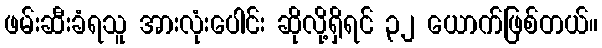
ဖမ်းဆီးခံရသူ အားလုံးပေါင်း ဆိုလို့ရှိရင် ၃၂ ယောက်ဖြစ်တယ်။